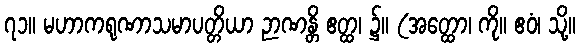
၇၁။ မဟာကရုဏာသမာပတ္တိယာ ဉာဏန္တိ ဧတ္ထ၊ ၌။ (အတ္ထော၊ ကို။ ဧဝံ၊ သို့။